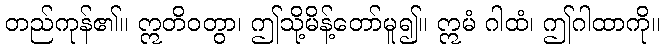
တည်ကုန်၏။ ဣတိဝတွာ၊ ဤသို့မိန့်တော်မူ၍။ ဣမံ ဂါထံ၊ ဤဂါထာကို။